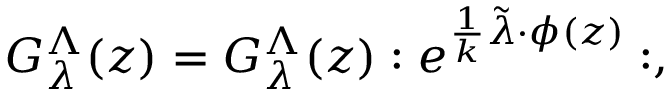
{ \cal G } _ { \lambda } ^ { \Lambda } ( z ) = { G } _ { \lambda } ^ { \Lambda } ( z ) : e ^ { { { \frac { 1 } { k } } \tilde { \lambda } \cdot \phi ( z ) } } : ,